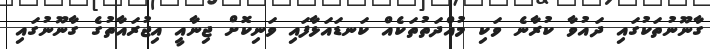
ގާނޫނުތަކުގައި ދައުވާ ކުރާނެ ވަކި މުއްދަތުތަކެއް ކަނޑައަޅާފައި ވަނިކޮށް ޖިނާއީ އިޖުރައާތުގެ ގާނޫނުގައި